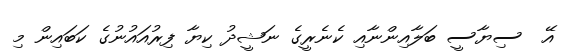
އޭ  ސިޔާސީ ބަލާއިންނާއި ކެނެރީގެ ނަޝީދު ކިޔާ ފިރުއައުނުގެ ކަބައިން މި